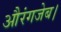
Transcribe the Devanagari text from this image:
औरंगजेब।